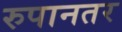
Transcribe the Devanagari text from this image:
रुपानतर